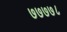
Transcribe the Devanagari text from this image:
७७७७८